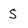
Character: 5